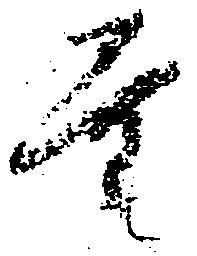
量